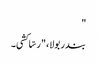
"
بندر بولا، "رسّا کشی۔